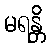
မရန္တိ